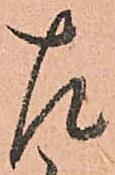
左